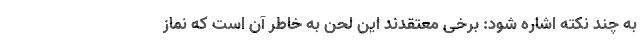
به چند نکته اشاره شود: برخی معتقدند این لحن به خاطر آن است که نماز